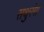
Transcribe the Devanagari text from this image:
सथुरंगा